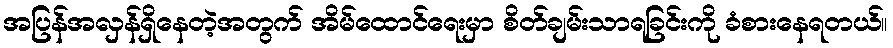
အပြန်အလှန်ရှိနေတဲ့အတွက် အိမ်ထောင်ရေးမှာ စိတ်ချမ်းသာရခြင်းကို ခံစားနေရတယ်။